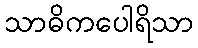
သာဓိကပေါရိသာ